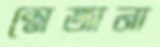
স্নেজানা